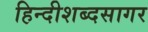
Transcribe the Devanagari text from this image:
हिन्दीशब्दसागर